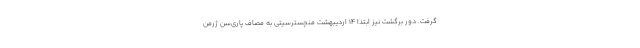
گرفت. دور برگشت نیز ابتدا ۱۴ اردیبهشت منچسترسیتی به مصاف پاری‌سن ژرمن